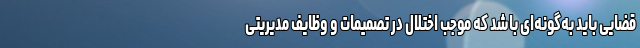
قضایی باید به‌گونه‌ای باشد که موجب اختلال در تصمیمات و وظایف مدیریتی